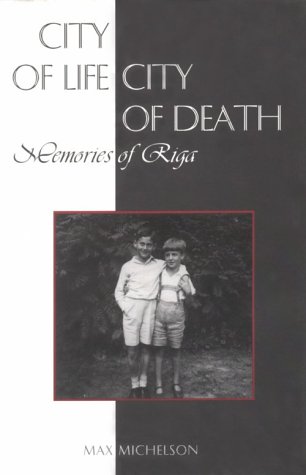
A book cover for City of Life, City of Death: Memories of Riga; Max Michelson; Biographies & Memoirs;